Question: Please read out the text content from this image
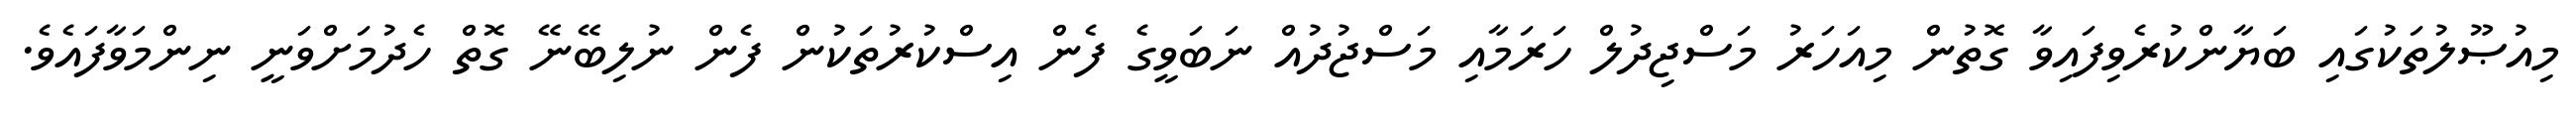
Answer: މިއުޞޫލުތަކުގައި ބަޔާންކުރެވިފައިވާ ގޮތުން މިއަހަރު މަސްޖިދުލް ހަރަމާއި މަސްޖުދުއް ނަބަވީގެ ފެން އިސްކުރުތަކުން ފެން ނުލިބޭނޭ ގޮތް ހެދުމަށްވަނީ ނިންމަވާފައެވެ.